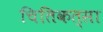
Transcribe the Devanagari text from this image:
चितिकत्सा